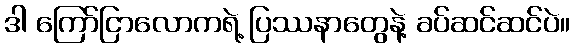
ဒါ ကြော်ငြာလောကရဲ့ ပြဿနာတွေနဲ့ ခပ်ဆင်ဆင်ပဲ။